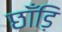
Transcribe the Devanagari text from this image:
छाँड़ि